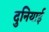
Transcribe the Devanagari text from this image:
दुनियाई